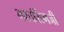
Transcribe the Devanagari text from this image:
भरतसिंगजी